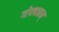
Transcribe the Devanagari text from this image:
गोफ्फ्मन्